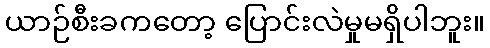
ယာဉ်စီးခကတော့ ပြောင်းလဲမှုမရှိပါဘူး။